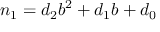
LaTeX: n _ { 1 } = d _ { 2 } b ^ { 2 } + d _ { 1 } b + d _ { 0 }